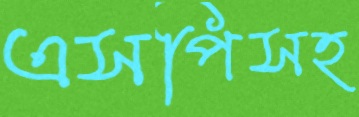
এসপিসহ